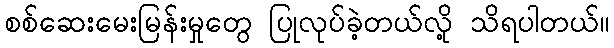
စစ်ဆေးမေးမြန်းမှုတွေ ပြုလုပ်ခဲ့တယ်လို့ သိရပါတယ်။